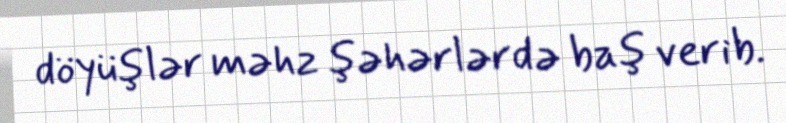
döyüşlər məhz şəhərlərdə baş verib.